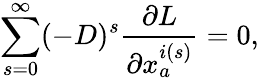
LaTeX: \sum_{s=0}^{\infty}(-D)^{s}\frac{\partial L}{\partial x_{a}^{i(s)}}=0,